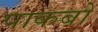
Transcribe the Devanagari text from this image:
पाकबो